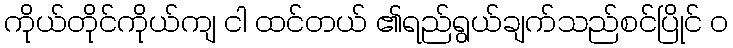
ကိုယ်တိုင်ကိုယ်ကျ ငါ ထင်တယ် ၏ရည်ရွယ်ချက်သည်စင်ပြိုင် ၀